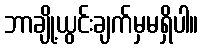
ဘာချို့ယွင်းချက်မှမရှိပါ။